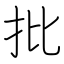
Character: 批